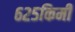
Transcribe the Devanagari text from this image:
६२५किमी